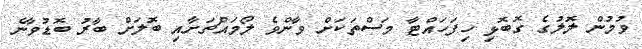
ވުމުން ލޮލުގެ ގޮބޮޅި ހިފަހައްޓާ މަސްތަކަށް ވާންވެ ލޯމައްޗަށާއި ބޮަލަށް ބާރު ބޮޑުވާނެ